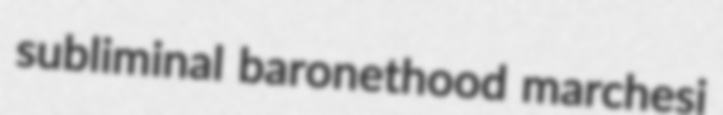
subliminal baronethood marchesi